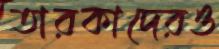
তারকাদেরও